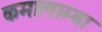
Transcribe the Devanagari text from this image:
कमालाम्बा